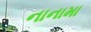
નાનામા